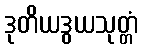
ဒုတိယဒွယသုတ္တံ